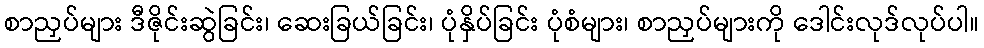
စာညှပ်များ ဒီဇိုင်းဆွဲခြင်း၊ ဆေးခြယ်ခြင်း၊ ပုံနှိပ်ခြင်း ပုံစံများ၊ စာညှပ်များကို ဒေါင်းလုဒ်လုပ်ပါ။